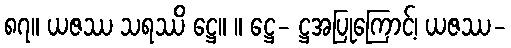
၈၇။ ယဇဿ သရဿိ ဋ္ဌေ။ ။ ဋ္ဌေ- ဋ္ဌအပြုကြောင့်၊ ယဇဿ-